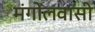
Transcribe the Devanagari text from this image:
मंगोलवासी